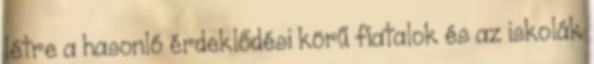
létre a hasonló érdeklődési körű fiatalok és az iskolák